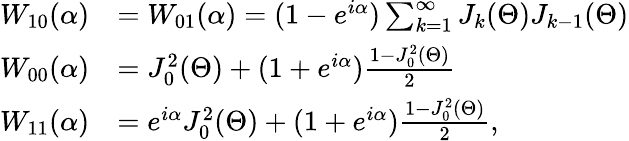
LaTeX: \begin{array}{rl}{W_{10}(\alpha)}&{=W_{01}(\alpha)=(1-e^{i\alpha})\sum_{k=1}^{\infty}J_{k}(\Theta)J_{k-1}(\Theta)}\\ {W_{00}(\alpha)}&{=J_{0}^{2}(\Theta)+(1+e^{i\alpha})\frac{1-J_{0}^{2}(\Theta)}{2}}\\ {W_{11}(\alpha)}&{=e^{i\alpha}J_{0}^{2}(\Theta)+(1+e^{i\alpha})\frac{1-J_{0}^{2}(\Theta)}{2},}\end{array}